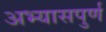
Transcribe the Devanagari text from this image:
अभ्यासपुर्ण